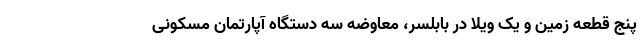
پنج قطعه زمین و یک ویلا در بابلسر، معاوضه سه دستگاه آپارتمان مسکونی